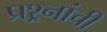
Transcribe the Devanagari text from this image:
प्रश्र्नांची